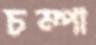
চম্পা